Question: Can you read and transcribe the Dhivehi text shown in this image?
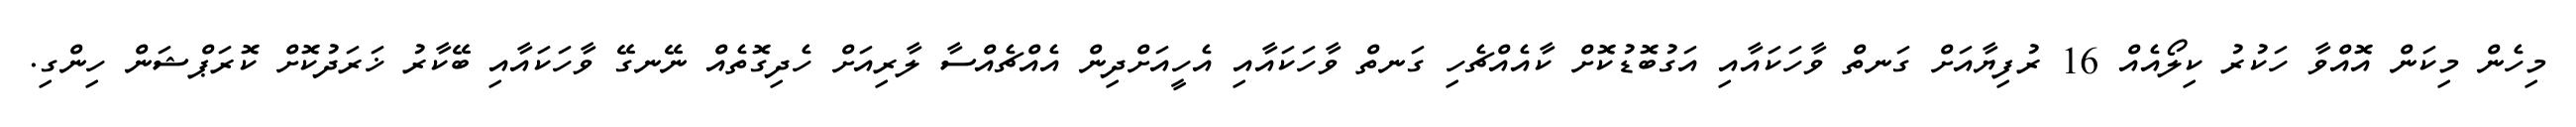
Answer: މިހެން މިކަން އޮއްވާ ހަކުރު ކިލޯއެއް 16 ރުފިޔާއަށް ގަނތް ވާހަކައާއި އަގުބޮޑުކޮށް ކާއެއްޗެހި ގަނތް ވާހަކައާއި އެހީއަށްދިން އެއްޗެއްސާ ލާރިއަށް ހެދިގޮތެއް ނޭނގޭ ވާހަކައާއި ބޭކާރު ޚަރަދުކޮށް ކޮރަޕްޝަން ހިންގި.